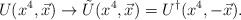
\begin{align*}U(x^4,\vec{x})\rightarrow \tilde{U}(x^4,\vec{x}) = U^\dagger(x^4,-\vec{x}).\end{align*}